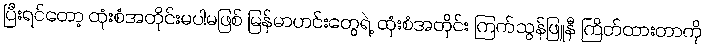
ပြီးရင်တော့ ထုံးစံအတိုင်းမပါမဖြစ် မြန်မာဟင်းတွေရဲ့ ထုံးစံအတိုင်း ကြက်သွန်ဖြူနီ ကြိတ်ထားတာကို